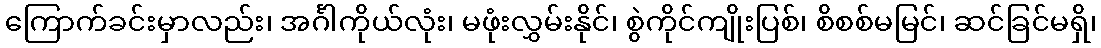
ကြောက်ခင်းမှာလည်း၊ အင်္ဂါကိုယ်လုံး၊ မဖုံးလွှမ်းနိုင်၊ စွဲကိုင်ကျိုးပြစ်၊ စိစစ်မမြင်၊ ဆင်ခြင်မရှိ၊